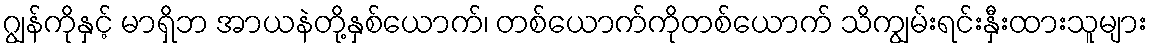
ဂျွန်ကိုနှင့် မာရှိဘ အာယနဲတို့နှစ်ယောက်၊ တစ်ယောက်ကိုတစ်ယောက် သိကျွမ်းရင်းနှီးထားသူများ